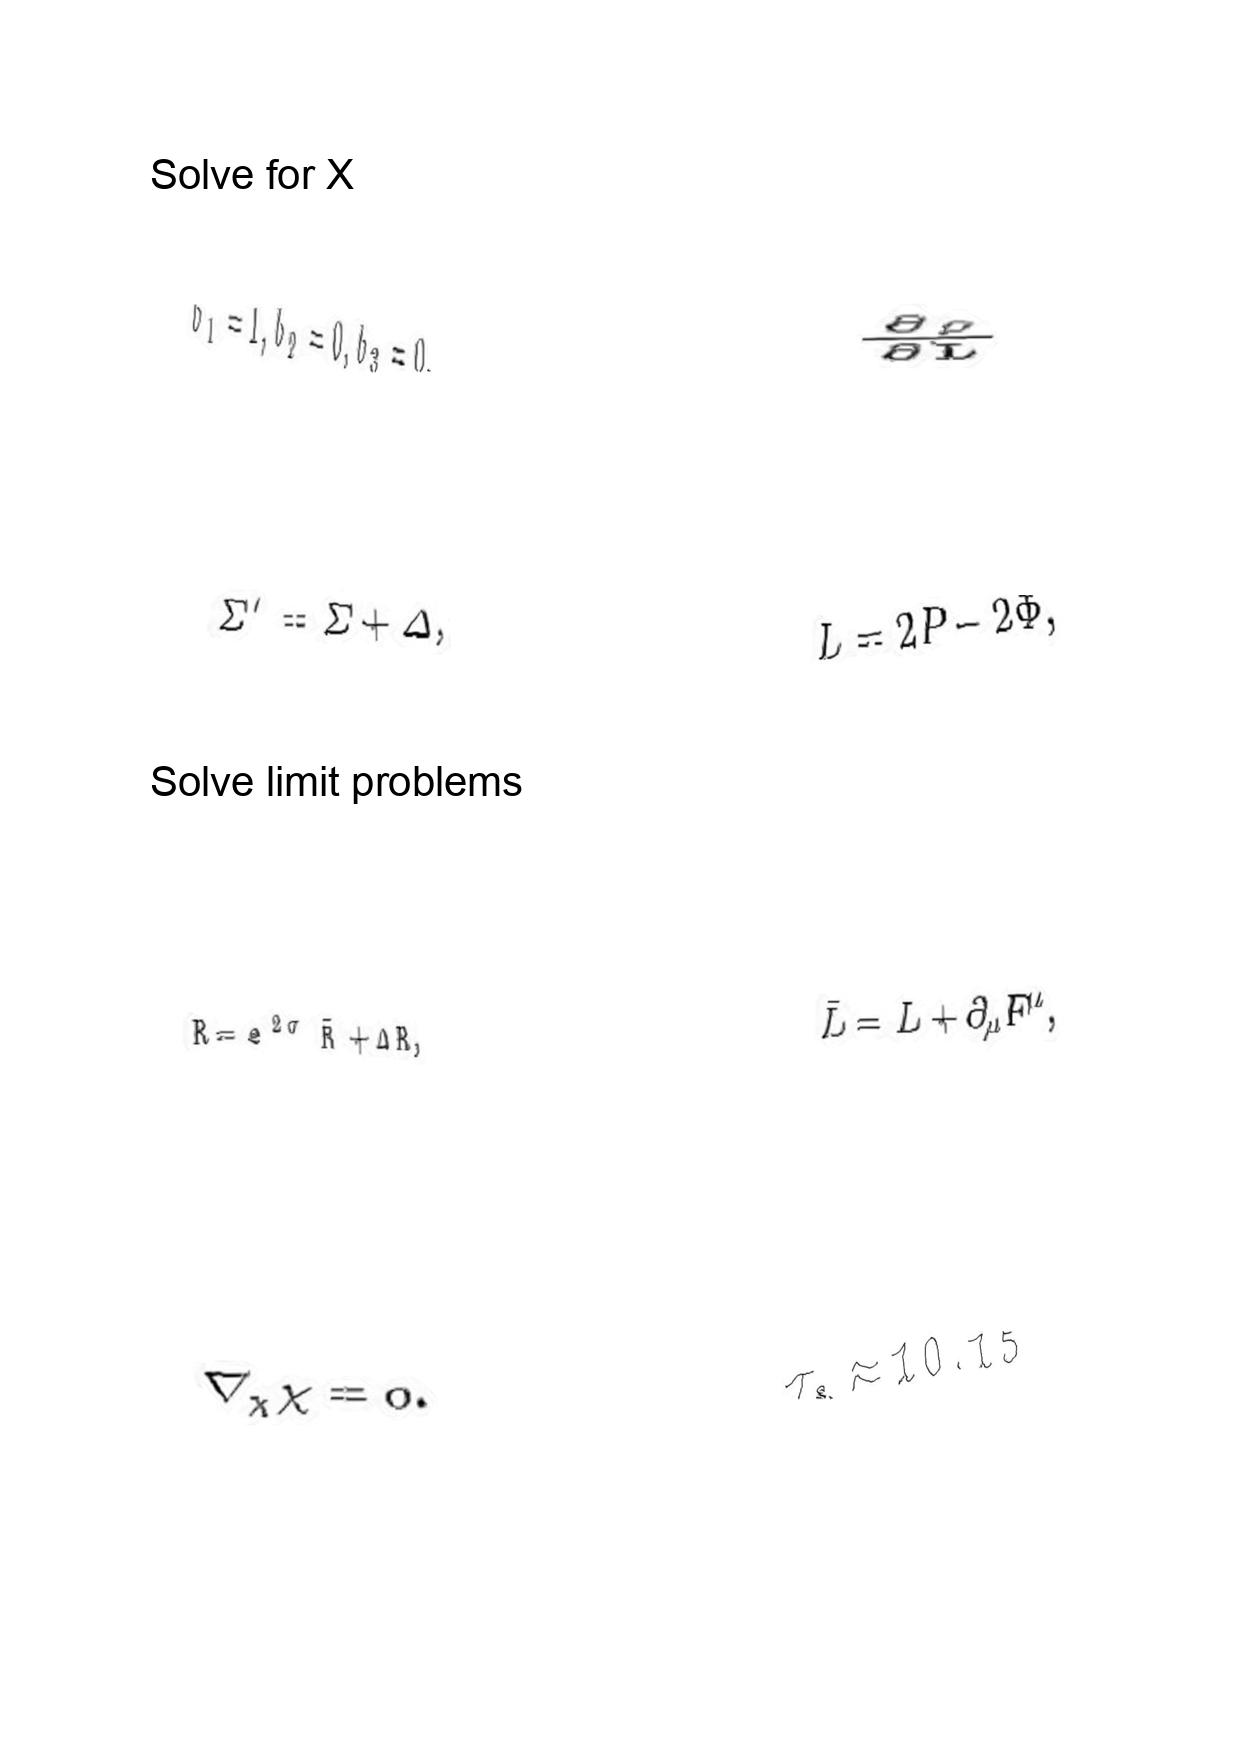
LaTeX transcription:
b _ { 1 } = 1 , b _ { 2 } = 0 , b _ { 3 } = 0 ,
\Sigma ^ { \prime } = \Sigma + \Delta ,
R = e ^ { 2 \sigma } \bar { R } + \Delta R ,
\nabla _ { \chi } \chi = 0 .
\frac { \partial \rho } { \partial L }
L = 2 P - 2 \Phi ,
\bar { L } = L + \partial _ { \mu } F ^ { \mu } ,
\tau _ { s } \approx 1 0 . 1 5